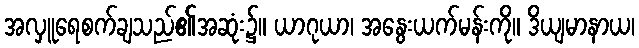
အလှူရေစက်ချသည်၏အဆုံး၌။ ယာဂုယာ၊ အနွေးယက်မန်းကို။ ဒိယျမာနာယ၊